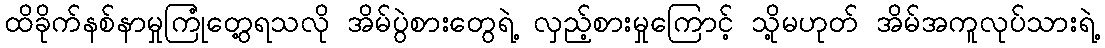
ထိခိုက်နစ်နာမှုကြုံတွေ့ရသလို အိမ်ပွဲစားတွေရဲ့ လှည့်စားမှုကြောင့် သို့မဟုတ် အိမ်အကူလုပ်သားရဲ့